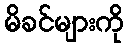
မိခင်များကို